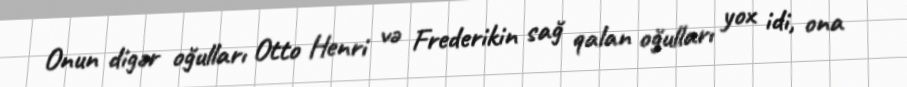
Onun digər oğulları Otto Henri və Frederikin sağ qalan oğulları yox idi, ona